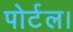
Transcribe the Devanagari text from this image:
पोर्टल।